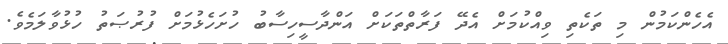
އެހެންކަމުން މި ތަކެތި ވިއްކުމަށް އެދޭ ފަރާތްތަކަށް އަންދާސީހިސާބު ހުށަހެޅުމަށް ފުރުޞަތު ހުޅުވާލަމެވެ.